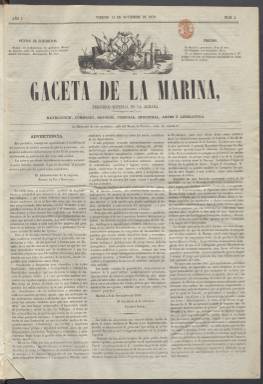
Título: Gaceta de La Marina
Colección: Fuerzas armadas
Ámbito geográfico: Madrid
Lugar de publicación: Madrid
Fechas: 11/11/1859-30/06/1860